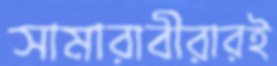
সামারাবীরারই